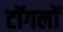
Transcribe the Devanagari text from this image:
टॉगलों